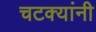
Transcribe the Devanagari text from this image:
चटक्‍यांनी